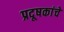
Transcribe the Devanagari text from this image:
प्रदूषकांचे